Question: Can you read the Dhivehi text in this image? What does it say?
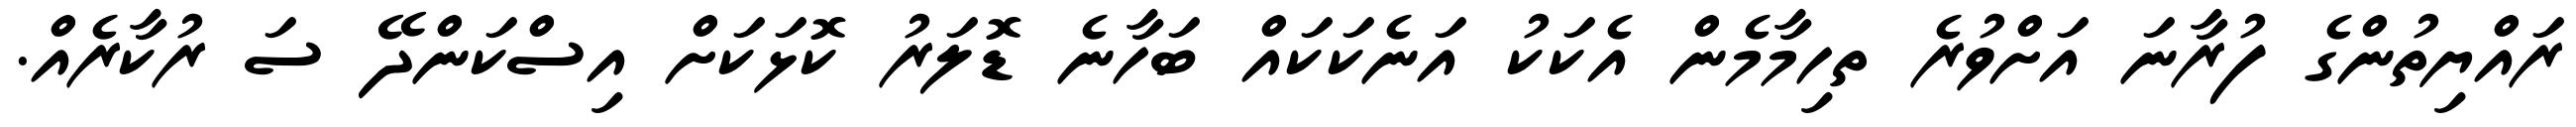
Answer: ރައްޔިތުންގެ ފުރާނަ އަށްވުރެ ތހިމާމެން އެކަކު އަނެކަކައް ބަހާނެ ޑޮލަރު ކޮޅަކަށް އިސްކަންދޭ ސަ ރުކާރެއް.